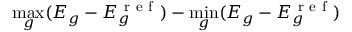
\operatorname* { m a x } _ { g } ( E _ { g } - E _ { g } ^ { \mathrm { ~ r ~ e ~ f ~ } } ) - \operatorname* { m i n } _ { g } ( E _ { g } - E _ { g } ^ { \mathrm { ~ r ~ e ~ f ~ } } )